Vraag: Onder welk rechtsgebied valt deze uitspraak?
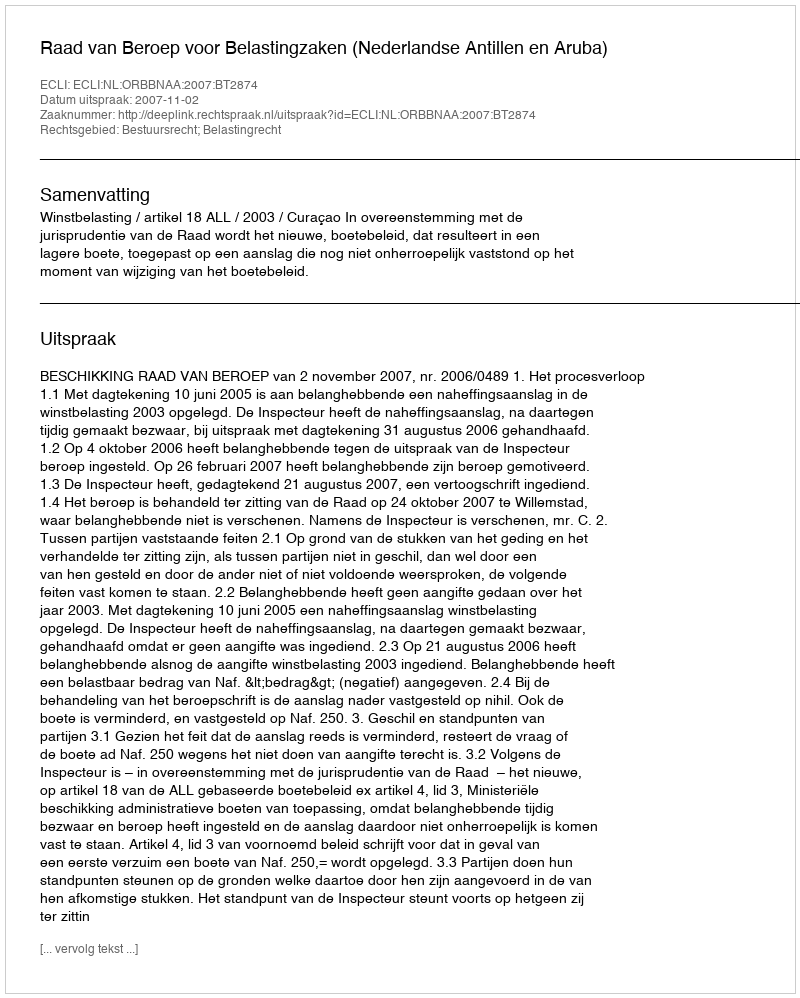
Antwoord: Bestuursrecht; Belastingrecht